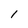
Character: l